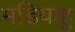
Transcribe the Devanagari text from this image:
मडियाहु